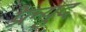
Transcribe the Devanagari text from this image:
प्रेल्युद